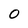
Character: 0